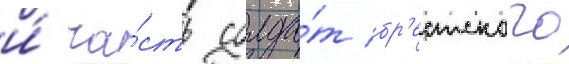
и́ ча́сть солда́т бр'естского